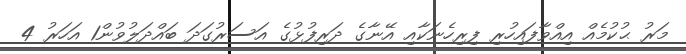
މަރު ޙުކުމެއް އިއްވާފައިހުރި ފިރިހެނަކާއި އޭނާގެ ދަރިފުޅުގެ އަސަރުގަދަ ބައްދަލުވުން1 އަހަރު 4